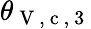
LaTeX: \theta_{\mathrm{~V~,~c~,~3~}}